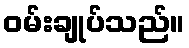
ဝမ်းချုပ်သည်။